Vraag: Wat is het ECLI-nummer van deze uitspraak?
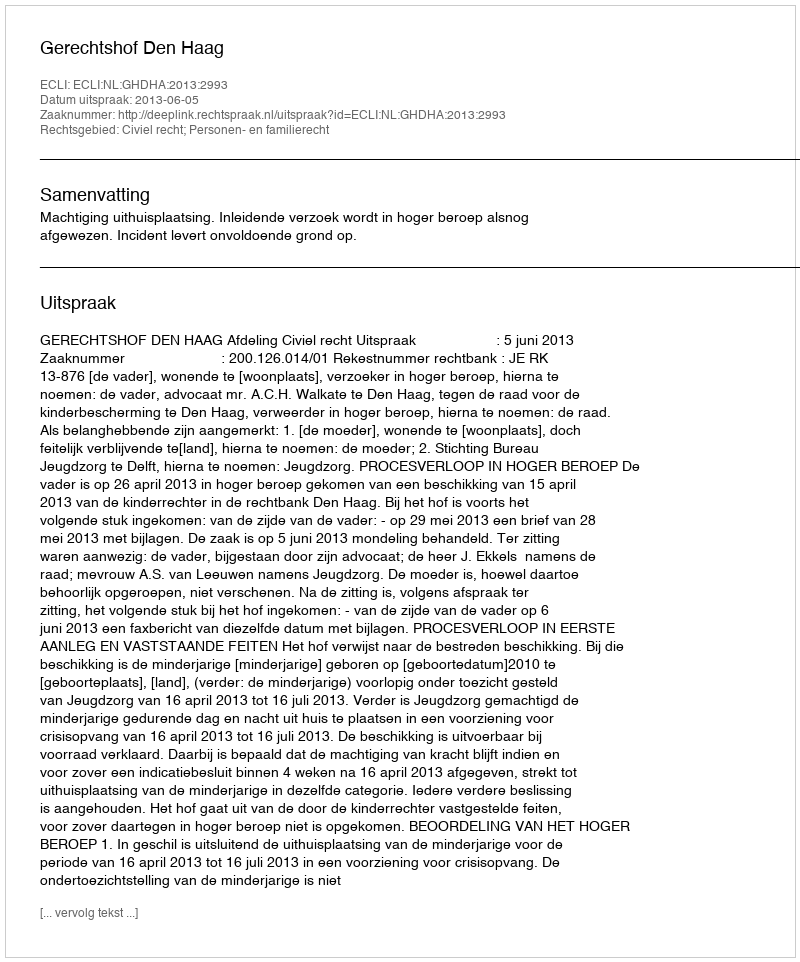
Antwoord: ECLI:NL:GHDHA:2013:2993